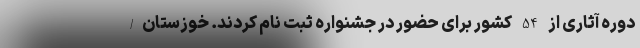
دوره آثاری از 54 کشور برای حضور در جشنواره ثبت نام کردند. خوزستان/